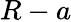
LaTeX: {R-a}